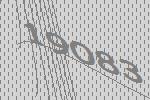
19083